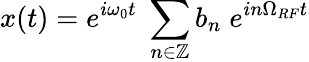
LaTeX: x(t)=e^{i\omega_{0}t}\; \sum_{n\in\mathbb{Z}}b_{n}\; e^{in\Omega_{RF}t}